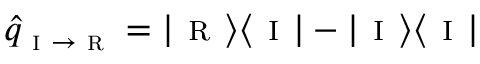
\hat { q } _ { \textsc { i } \to \textsc { r } } = | \textsc { r } \rangle \langle \textsc { i } | - | \textsc { i } \rangle \langle \textsc { i } |